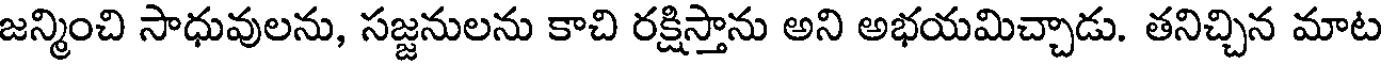
జన్మించి సాధువులను, సజ్జనులను కాచి రక్షిస్తాను అని అభయమిచ్చాడు. తనిచ్చిన మాట